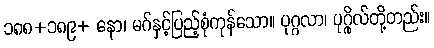
၁၈၈+၁၈၉+ နော၊ မဂ်နှင့်ပြည့်စုံကုန်သော။ ပုဂ္ဂလာ၊ ပုဂ္ဂိုလ်တို့တည်း။